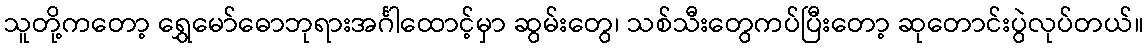
သူတို့ကတော့ ရွှေမော်ဓောဘုရားအင်္ဂါထောင့်မှာ ဆွမ်းတွေ၊ သစ်သီးတွေကပ်ပြီးတော့ ဆုတောင်းပွဲလုပ်တယ်။